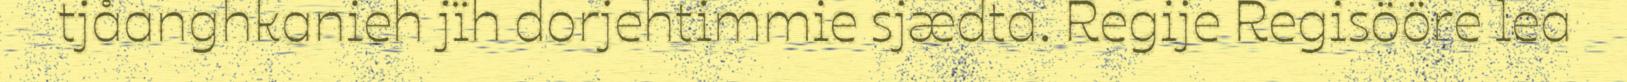
tjåanghkanieh jïh dorjehtimmie sjædta. Regije Regisööre lea